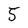
Character: 5